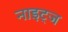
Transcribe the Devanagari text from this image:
नाइट्ज